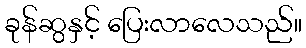
ခုန်ဆွနှင့် ပြေးလာလေသည်။